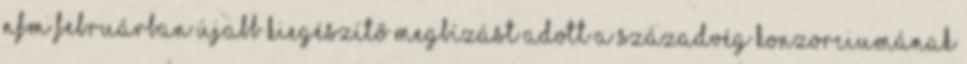
NFM februárban újabb kiegészítő megbízást adott a Századvég konzorciumának